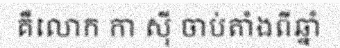
គឺលោក កា ស៊ី ចាប់តាំងពីឆ្នាំ